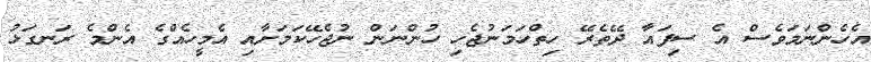
އެހެންނަމަވެސް އެ ސިފައާ ދޭތެރޭ ހިތްހަމަނުޖެހި ހުންނަން ނުޖެހޭކަމަށާއި އެމީހެއްގެ އެންމެ ރަނގަޅު